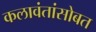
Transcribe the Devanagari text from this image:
कलावंतांसोबत